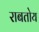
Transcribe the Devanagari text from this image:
राबतोय